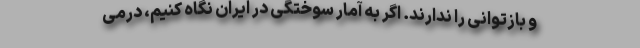
و بازتوانی را ندارند. اگر به آمار سوختگی در ایران نگاه کنیم، درمی